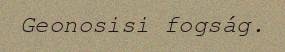
Geonosisi fogság.